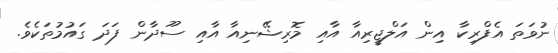
ނުވަތަ އެފްރިކާ އިން އަލްޖީރިއާ އާއި މޮރިޝޭނިއާ އާއި ސޫދާން ފަދަ ގައުމުތަކެވެ.